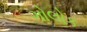
ગોલોક